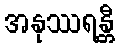
အနုဿရန္တီ